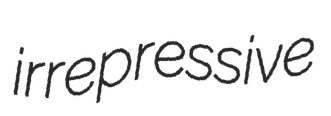
irrepressive